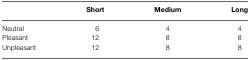
|  | Short | Medium | Long |
 | --- | --- | --- | --- |
 | Neutral | 6 | 4 | 4 |
 | Pleasant | 12 | 8 | 8 |
 | Unpleasant | 12 | 8 | 8 |